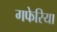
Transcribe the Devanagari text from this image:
गफेरिया